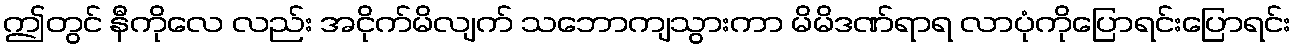
ဤတွင် နီကိုလေ လည်း အငိုက်မိလျက် သဘောကျသွားကာ မိမိဒဏ်ရာရ လာပုံကိုပြောရင်းပြောရင်း